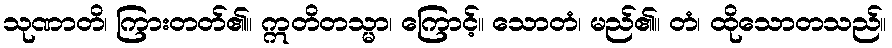
သုဏာတိ၊ ကြားတတ်၏။ ဣတိတသ္မာ၊ ကြောင့်။ သောတံ၊ မည်၏။ တံ၊ ထိုသောတသည်။